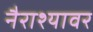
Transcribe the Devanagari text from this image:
नैराश्यावर